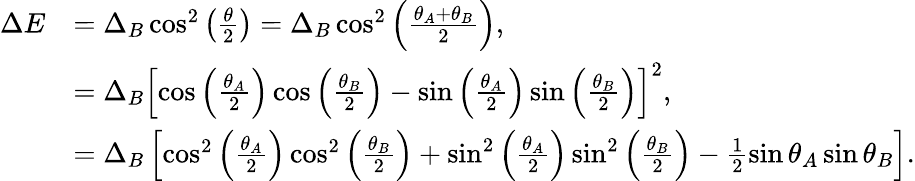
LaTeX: \begin{array}{rl}{\Delta E}&{=\Delta_{B}\cos^{2}\left(\frac{\theta}{2}\right)=\Delta_{B}\cos^{2}\left(\frac{\theta_{A}+\theta_{B}}{2}\right),}\\ &{=\Delta_{B}\left[\cos\left(\frac{\theta_{A}}{2}\right)\cos\left(\frac{\theta_{B}}{2}\right)-\sin\left(\frac{\theta_{A}}{2}\right)\sin\left(\frac{\theta_{B}}{2}\right)\right]^{2},}\\ &{=\Delta_{B}\left[\cos^{2}\left(\frac{\theta_{A}}{2}\right)\cos^{2}\left(\frac{\theta_{B}}{2}\right)+\sin^{2}\left(\frac{\theta_{A}}{2}\right)\sin^{2}\left(\frac{\theta_{B}}{2}\right)-\frac{1}{2}\sin\theta_{A}\sin\theta_{B}\right].}\end{array}